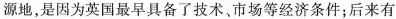
源地，是因为英国最早具备了技术、市场等经济条件；后来有